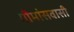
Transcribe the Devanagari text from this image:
गौमांसवासी